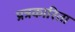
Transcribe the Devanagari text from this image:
प्रत्रकारिता